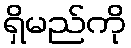
ရှိမည်ကို